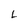
Character: L